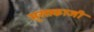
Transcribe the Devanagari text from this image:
मुसाकाजी